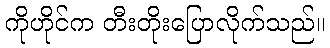
ကိုဟိုင်က တီးတိုးပြောလိုက်သည်။